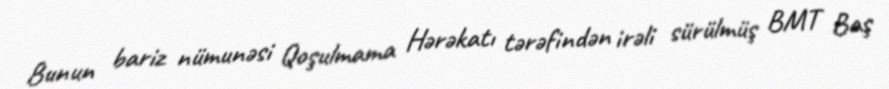
Bunun bariz nümunəsi Qoşulmama Hərəkatı tərəfindən irəli sürülmüş BMT Baş